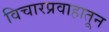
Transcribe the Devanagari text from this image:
विचारप्रवाहातून